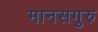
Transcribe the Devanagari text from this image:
मानसगुरु